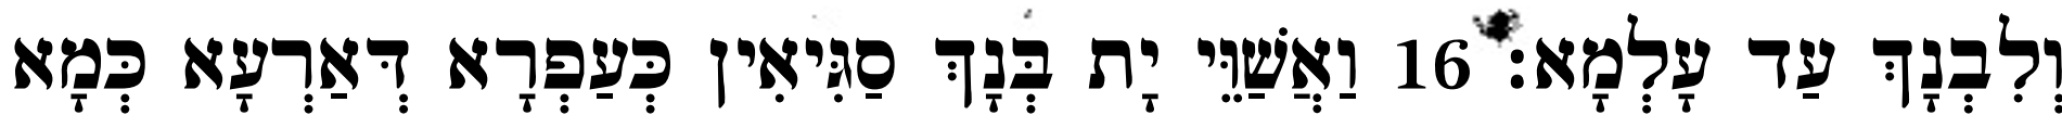
וְלִבְנָךְ עַד עָלְמָא׃ 16 וַאֲשַׁוֵּי יָת בְּנָךְ סַגִּיאִין כְּעַפְרָא דְּאַרְעָא כְּמָא